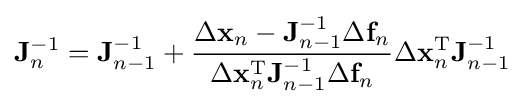
\mathbf {J} _{n}^{-1}=\mathbf {J} _{n-1}^{-1}+{\frac {\Delta \mathbf {x} _{n}-\mathbf {J} _{n-1}^{-1}\Delta \mathbf {f} _{n}}{\Delta \mathbf {x} _{n}^{\mathrm {T} }\mathbf {J} _{n-1}^{-1}\Delta \mathbf {f} _{n}}}\Delta \mathbf {x} _{n}^{\mathrm {T} }\mathbf {J} _{n-1}^{-1}